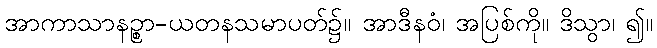
အာကာသာနဉ္စာ-ယတနသမာပတ်၌။ အာဒီနဝံ၊ အပြစ်ကို။ ဒိသွာ၊ ၍။